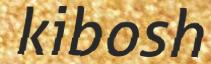
kibosh